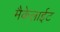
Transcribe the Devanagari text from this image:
मैकेलाईट